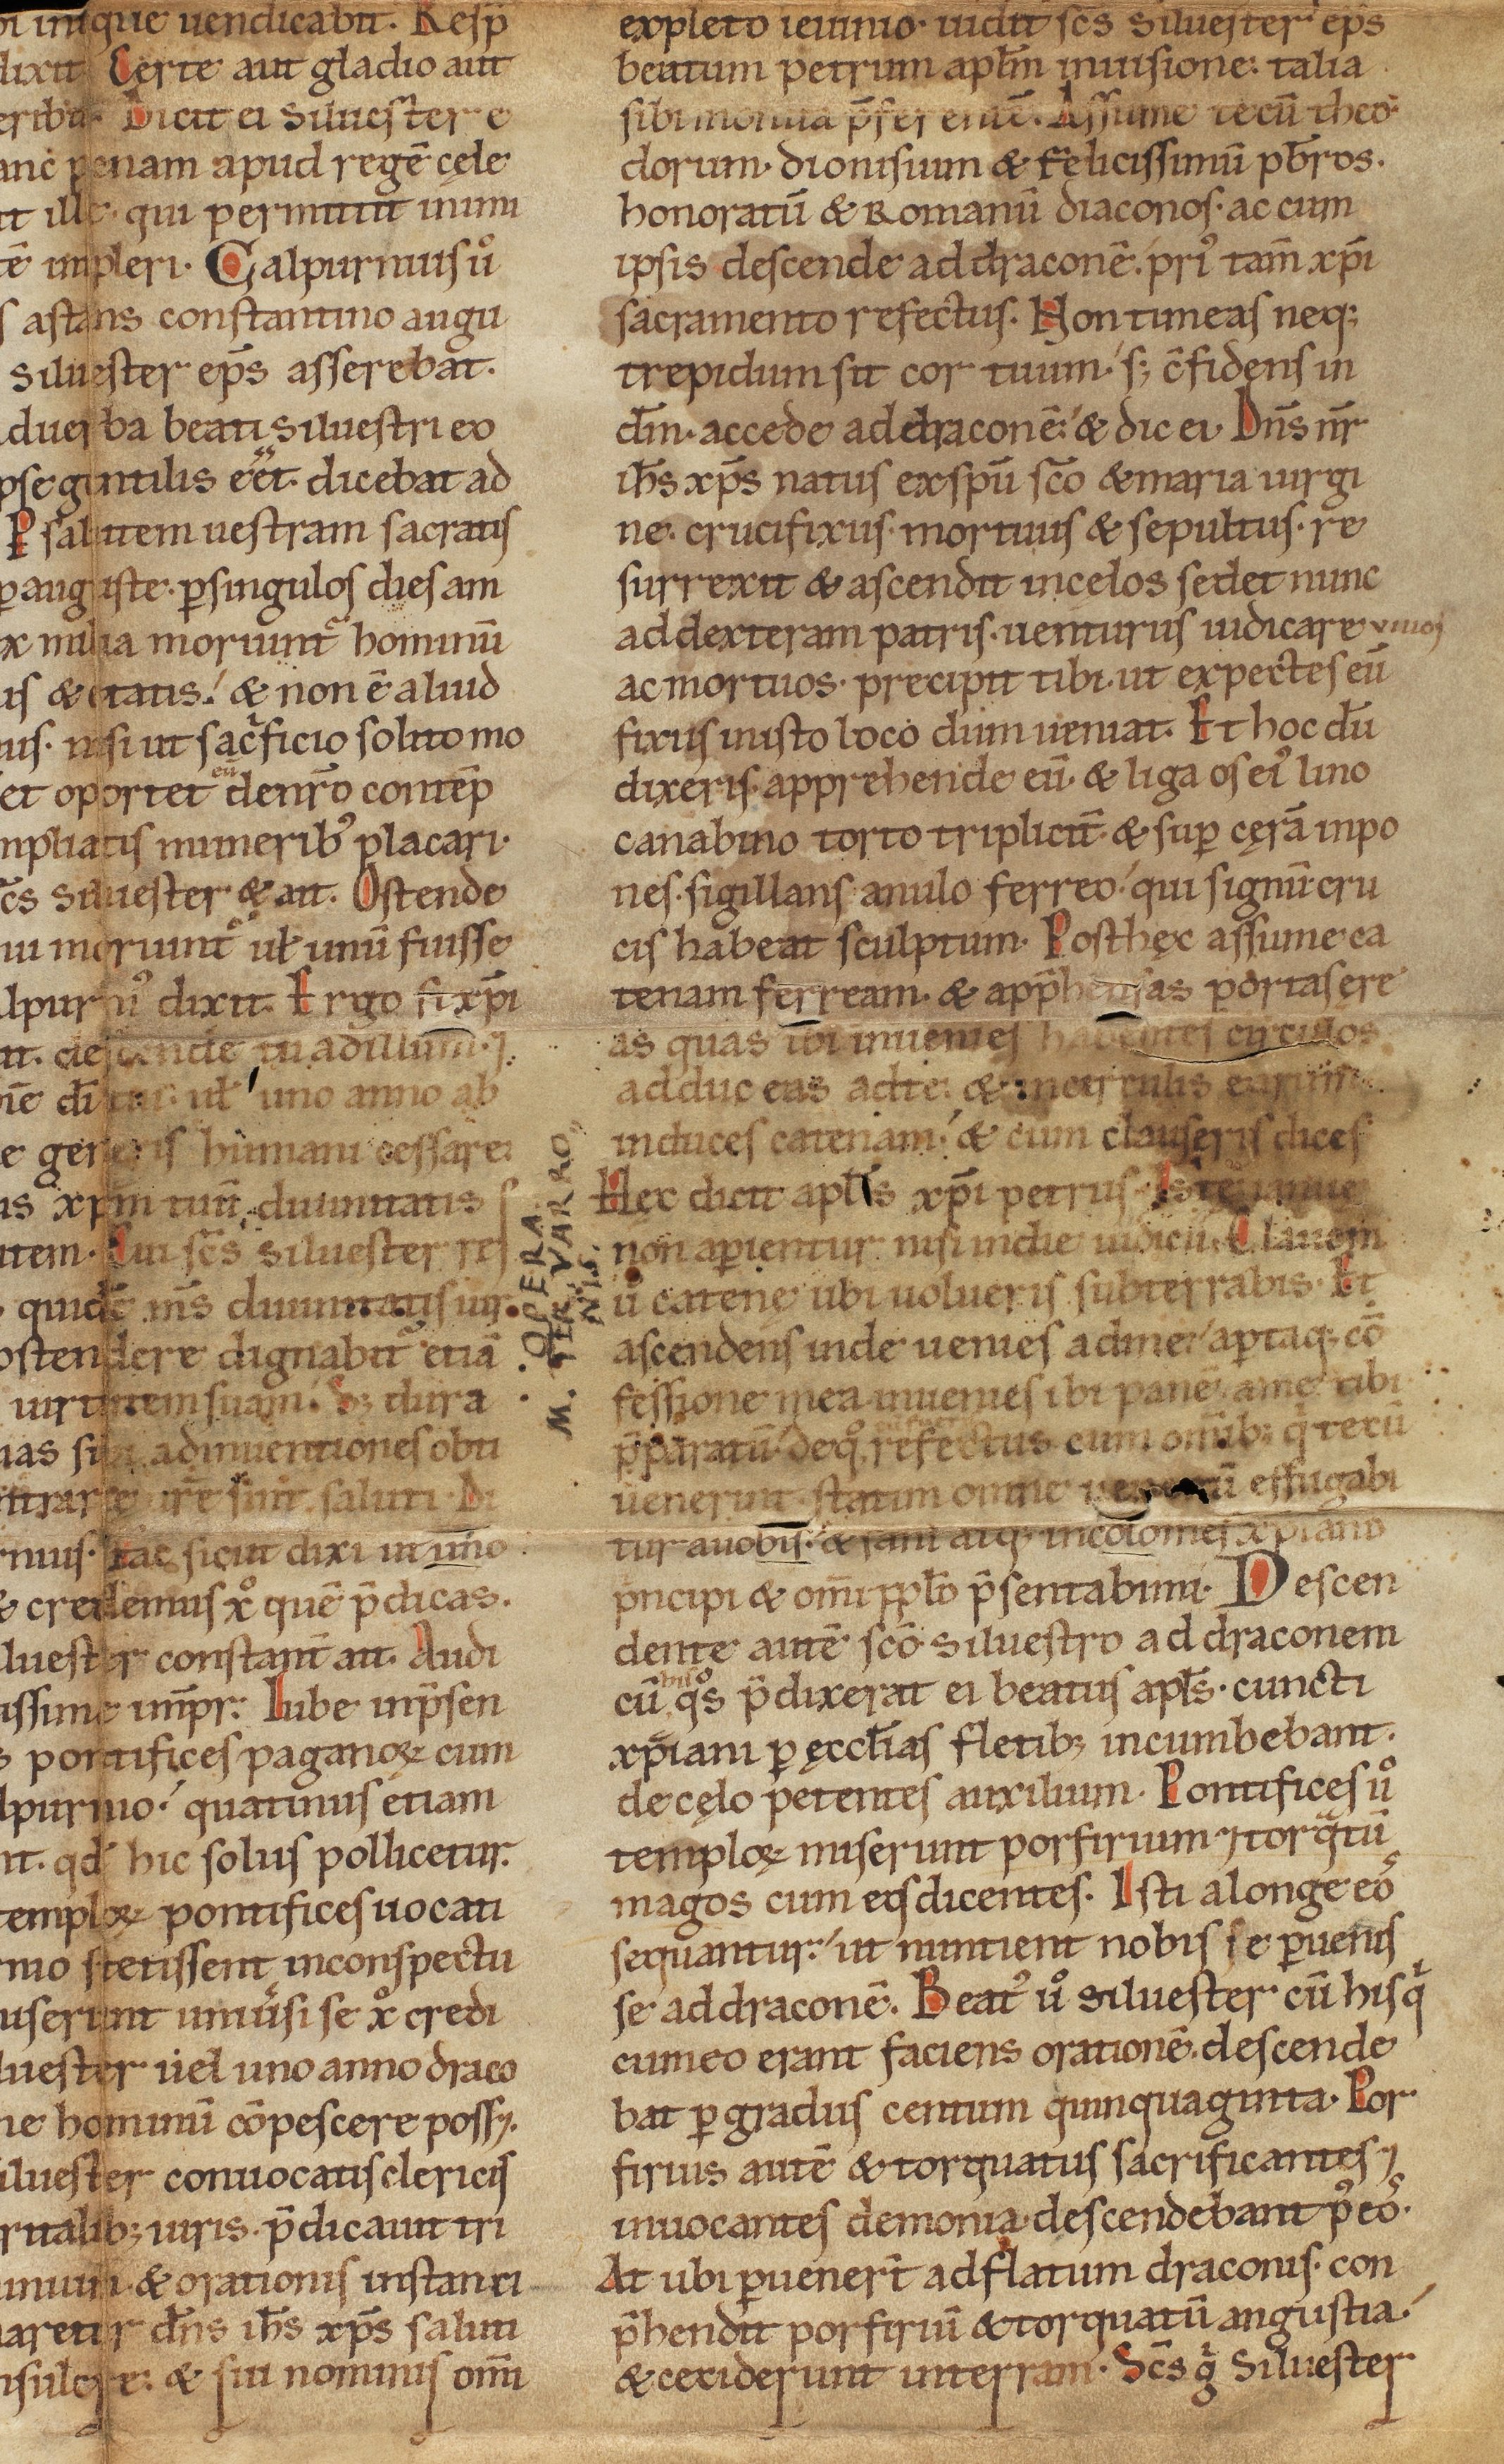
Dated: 1140–1170